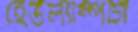
হেডল্যাম্পটা